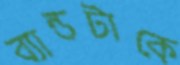
ব্যান্ডটাকে